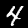
Digit: 4